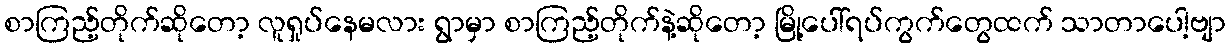
စာကြည့်တိုက်ဆိုတော့ လူရှုပ်နေမလား ရွာမှာ စာကြည့်တိုက်နဲ့ဆိုတော့ မြို့ပေါ်ရပ်ကွက်တွေထက် သာတာပေါ့ဗျာ